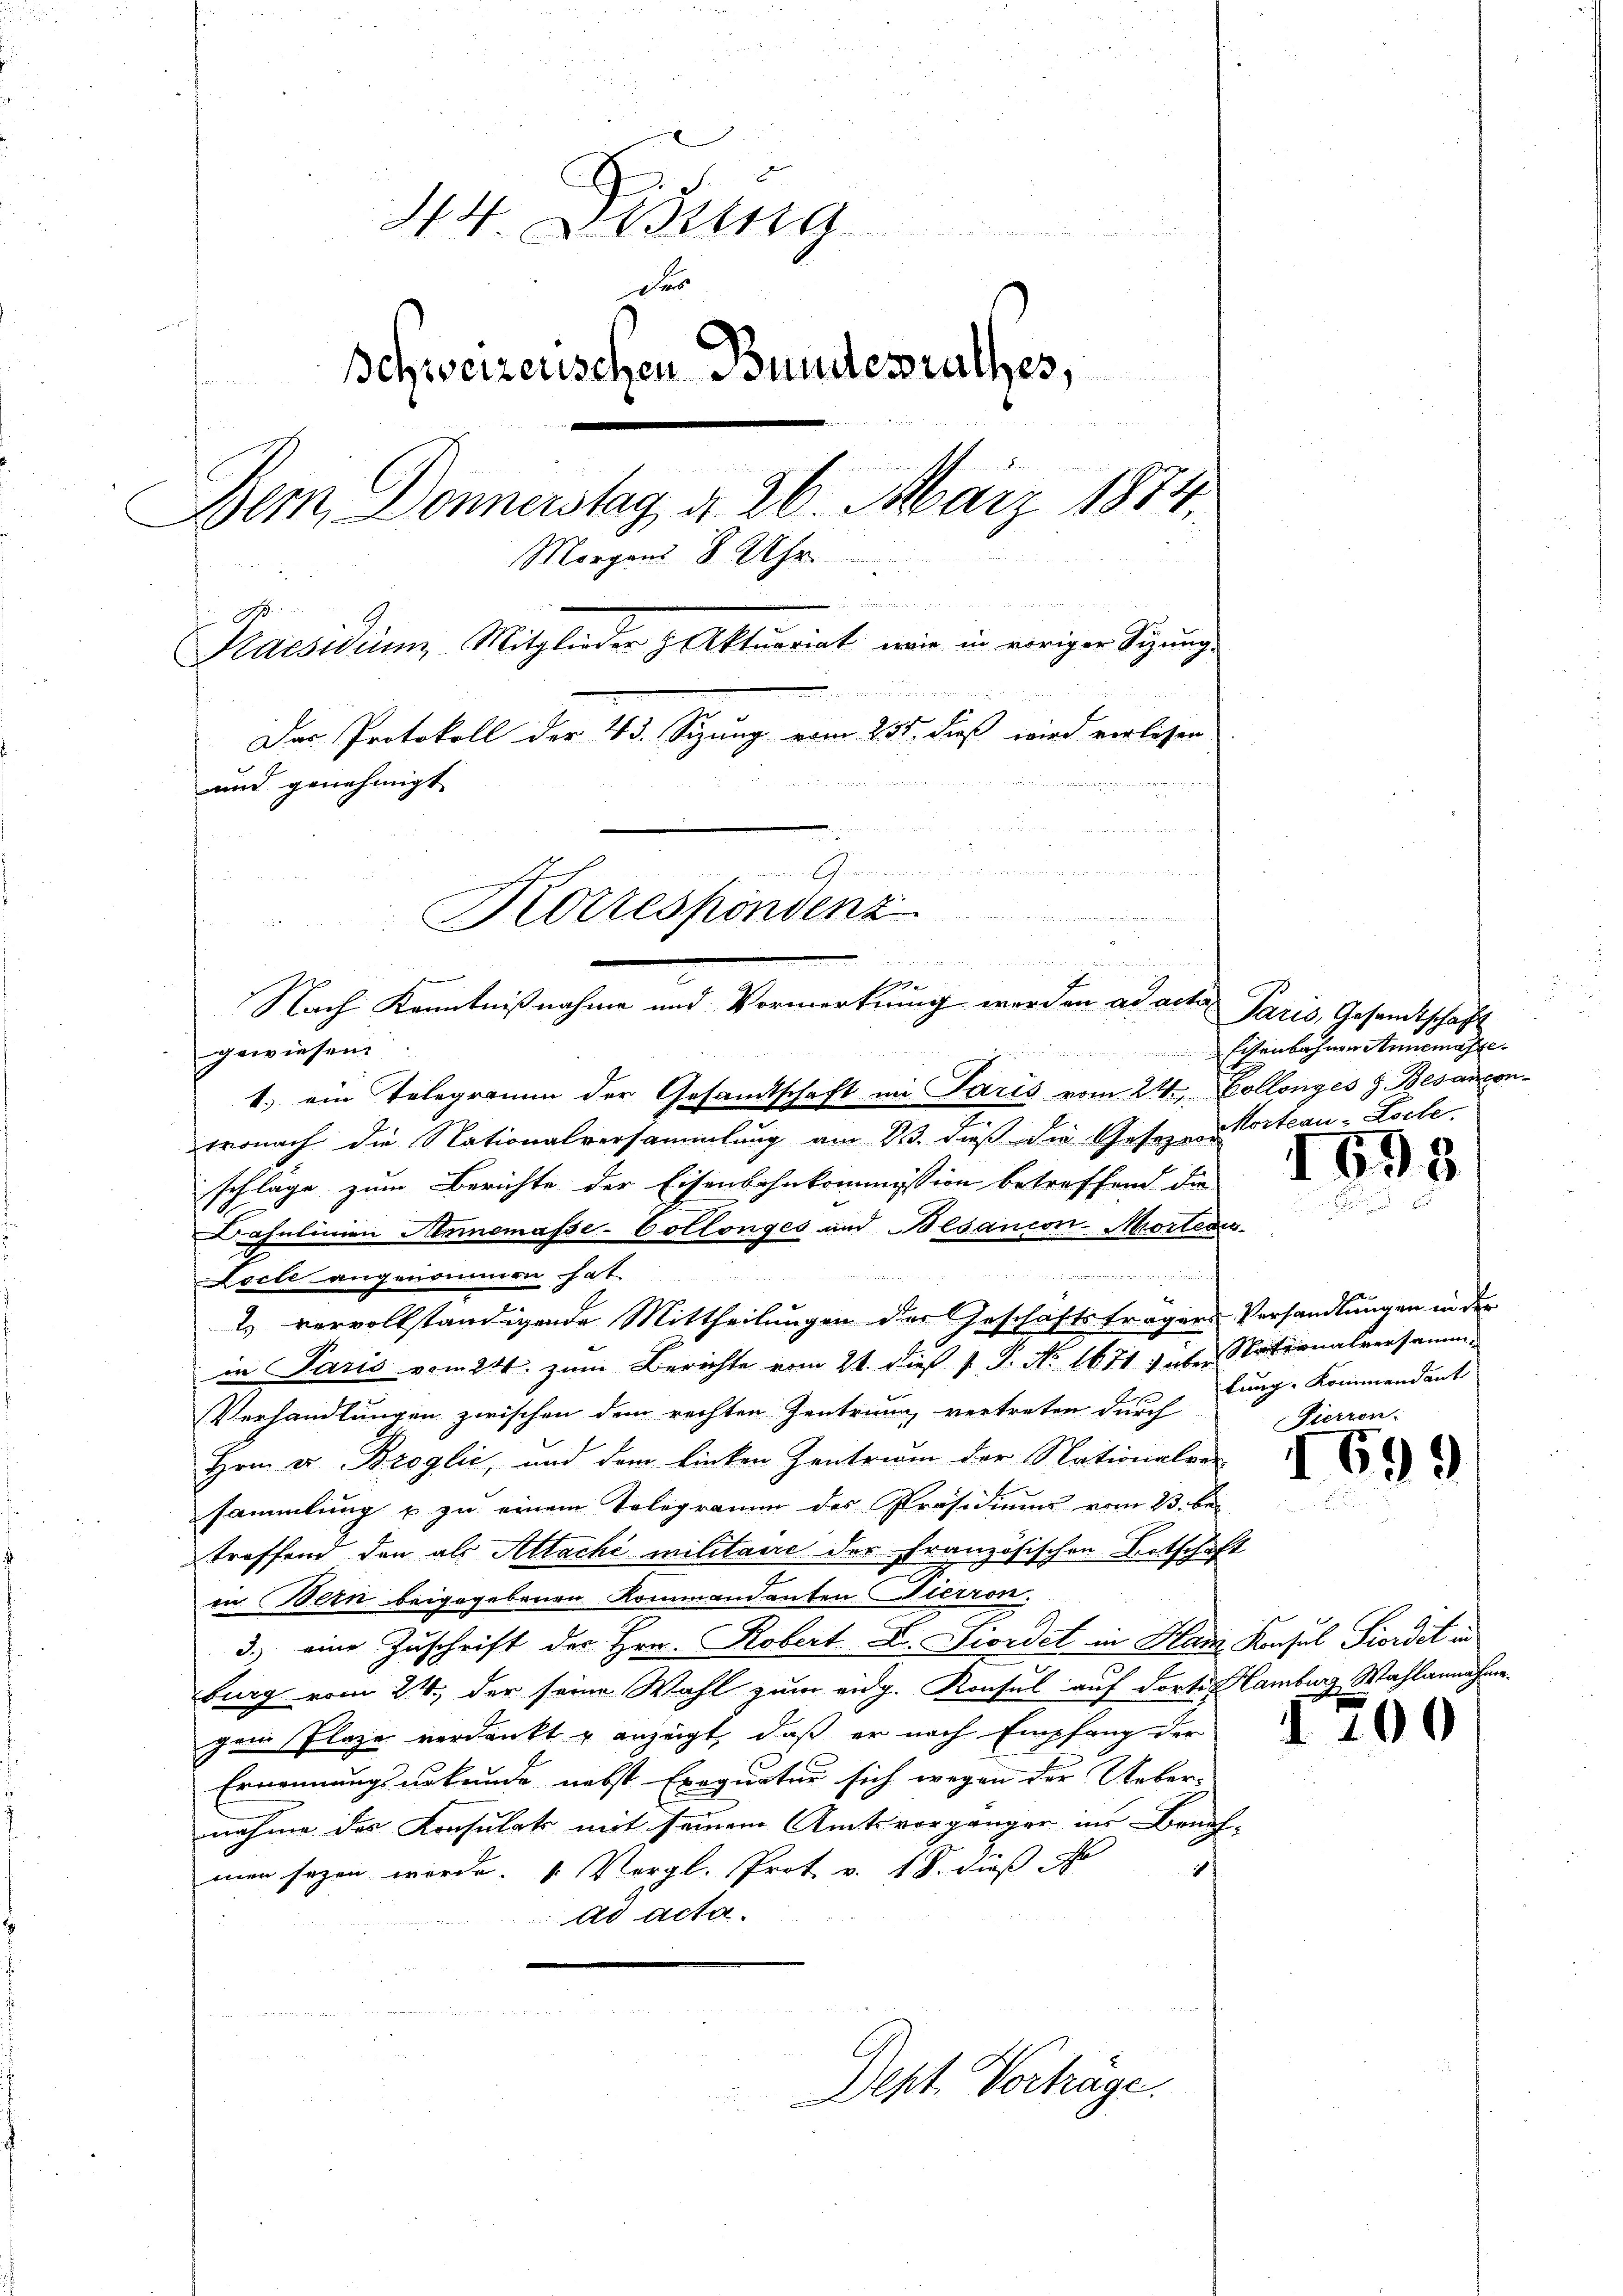
44. Disung
Schweizerischen Bundesrathes,
Dein Donnerstag d. 26. März 1884.
Morgens 8 Uhr

u
Kaesiduum Mitglieder Aktuariat wie in voriger Sizung
Der Protokoll der 43. Sizung vom 255. dieß wird verlesen

unnd genehmigt
n
3
Korrespondenz

12
Nach Kenntnißnahme und Vormerkung werden ad acta Paris, Gesandtschaft

gewiesen.
wonach die Nationalversammlung am 23. daß die Gesezes-Vorteau-Loche
schläge zum Berichte der Eisenbahnkommission betreffend die
Bahnlinien Annemasse-Cotlonges und Besancon-Morten.

Kocle angenommen hat
E
1) vervollständigende Mittheilungen der Geschäftsfragers Verhandlungen in der
in Paris vom 24. zum Berichte vom 21. dieß P. P. No. 1671 über Nationalversamm¬
u
Verhandlungen zwischen dem rechten Zentrung, vertreten durch
Hrnn er Broglić, und dem linken Zentrum der Nationalver
sammlung u zu einem Telegramm des Präsidiums vom 23. be-
treffend den als Altachi militaire der Französischen Botschaft
in Bern beigegebenen Kommandanten Pierron.
3.) eine Zuschrift der Hrn. Robert. L. Fiordet in Hans Konsul Fiordet in
burg vom 24. der seine Wahl zum eidg. Konsul auf dorte Hamburg Wahlannahme.
gem Plaze verdankt u anzeigt, daß er nach Empfang der
Ernennungsurkunde nebst Exequatur sich wegen der Ueber-
nahme des Konsulats mit seinem Amtsvorgänger ins Beneh-
1
men sogen werde.   Vergl. Prot v. 18. dieß
ad acta.
u
Dept. Vorträge.

1.) ein Telegramm der Gesandtschaft in Paris vom 24. Collenges z. Besancon-

Eisenbahnen Annemasse

1698

tung. Kommandant
Pierron.

1699

170